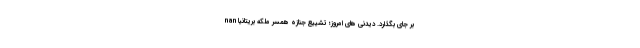
بر جای بگذارد. دیدنی های امروز؛ تشییع جنازه همسر ملکه بریتانیا nan